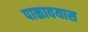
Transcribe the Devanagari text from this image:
पाळावयास